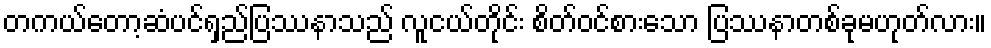
တကယ်တော့ဆံပင်ရှည်ပြဿနာသည် လူငယ်တိုင်း စိတ်ဝင်စားသော ပြဿနာတစ်ခုမဟုတ်လား။